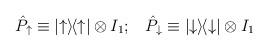
LaTeX: \begin{align*}\hat{P}_{\uparrow} \equiv |{\uparrow}\rangle\!\langle {\uparrow}|\otimes I_1; \; \; \;\hat{P}_{\downarrow} \equiv |{\downarrow}\rangle\!\langle{\downarrow}| \otimes I_1\end{align*}